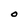
Character: O